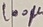
Text: 100µ